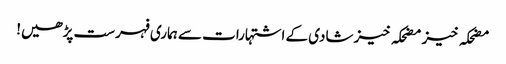
مضحکہ خیز مضحکہ خیز شادی کے اشتہارات سے ہماری فہرست پڑھیں!